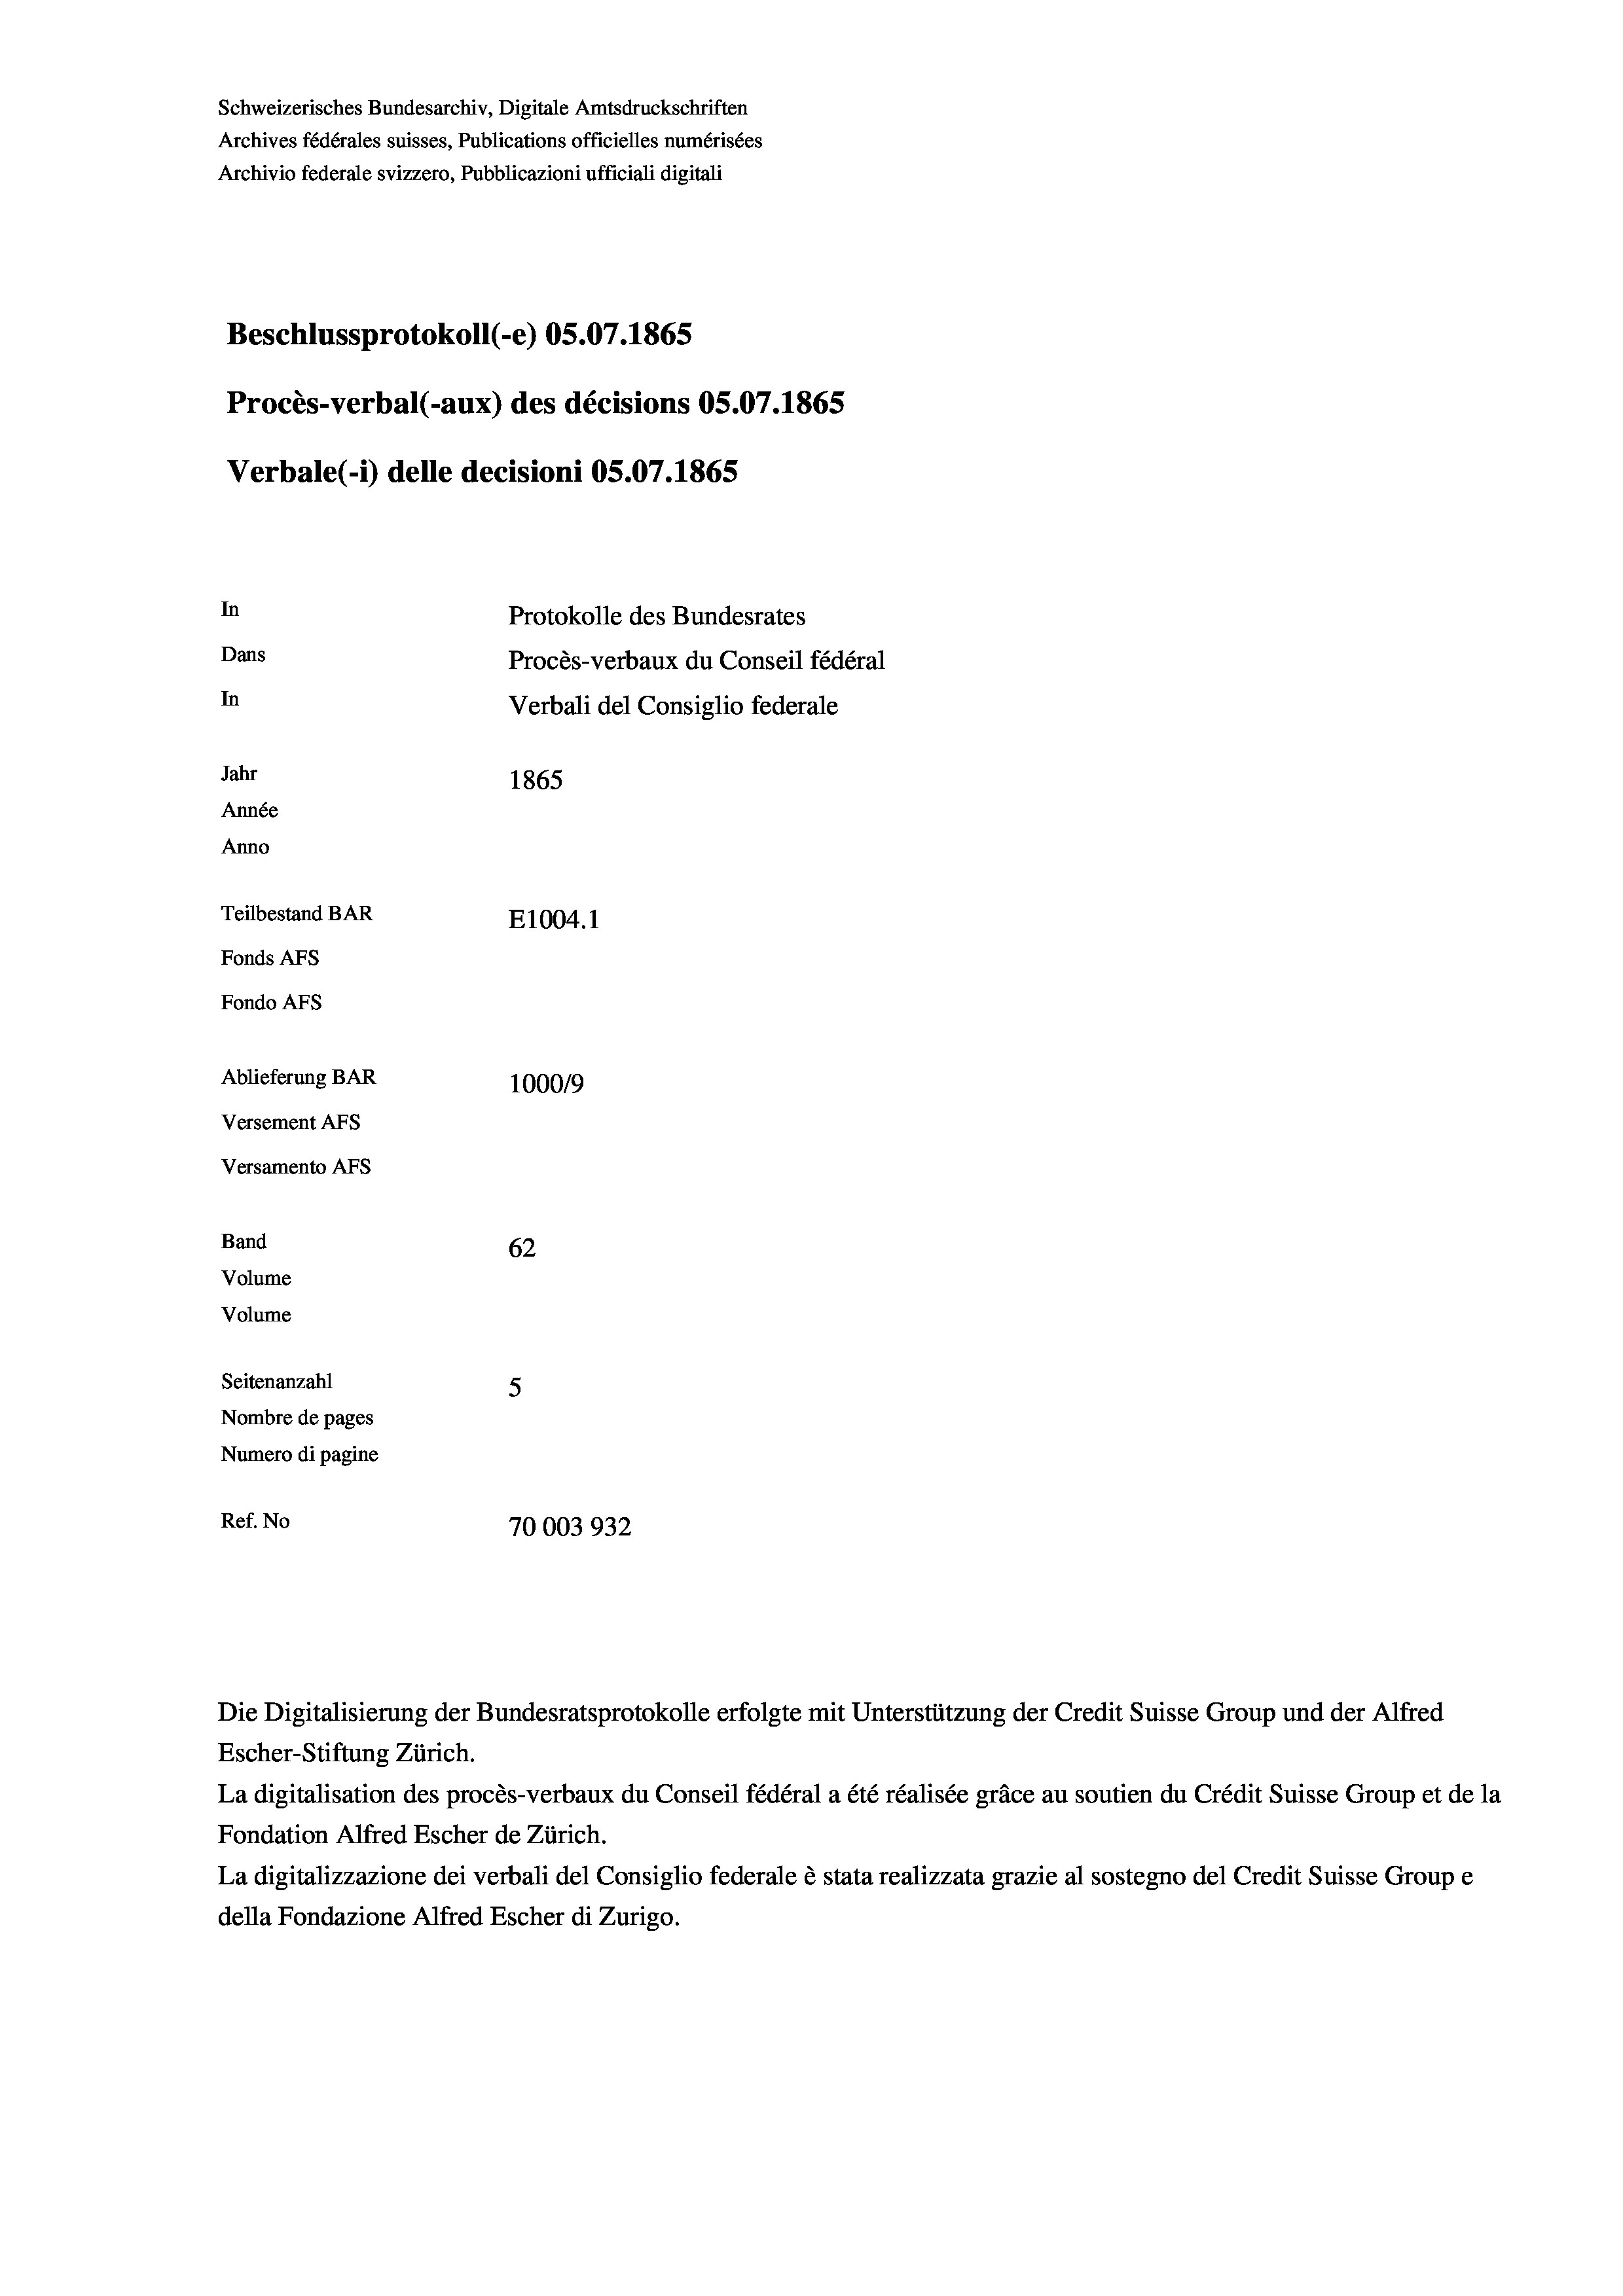
Schweizerisches Bundesarchiv, Digitale Amtsdruckschriften
Archives fédérales suisses, Publications officielles numérisées
Archivio federale svizzero, Pubblicazioni ufficiali digitali
Beschlussprotokoll (-e) OS.07. 1865
Procès-verbal (-aux) des décisions OS.07.1865
Verbale(1) delle decisioni OS.07. 1865
In
Protokolle des Bundesrates
Dans
Procès-verbaux du Conseil fédéral
In
Verbali del Consiglio federale
Jahr
1865
Année
Anno
Teilbestand BAR
E1004. 1
Fonds Afs
Fondo AFS
Ablieferung BAR
100019
Versement Abs
Versamento Afs
Band
62
Volume
Volume
Seitenanzahl
5
Nombre de pages
Numero di pagine

Ref. No
70003932

Die Digitalisierung der Bundesratsprotokolle erfolgte mit Unterstützung der Credit Suisse Group und der Alfred

Escher-Stiftung Zürich.
La digitalisation des procès-verbaux du Conseil fédéral a été réalisée gräce au soutien du Crédit Suisse Group et de la
Fondation Alfred Escher de Zürich.
La digitalizzazione dei verbali del Consiglio federale è stata realizzata grazie al sostegno del Credit Suisse Groupe
della Fondazione Alfred Escher di Zurigo.